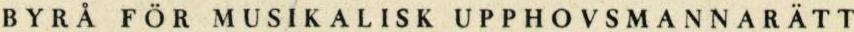
BYRÅ FÖR MUSIKALISK UPPHOVSMANNARATT